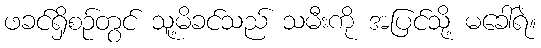
ဖခင်ရှိစဉ်တွင် သူ့မိခင်သည် သမီးကို အပြင်သို့ မခေါ်ရဲ။